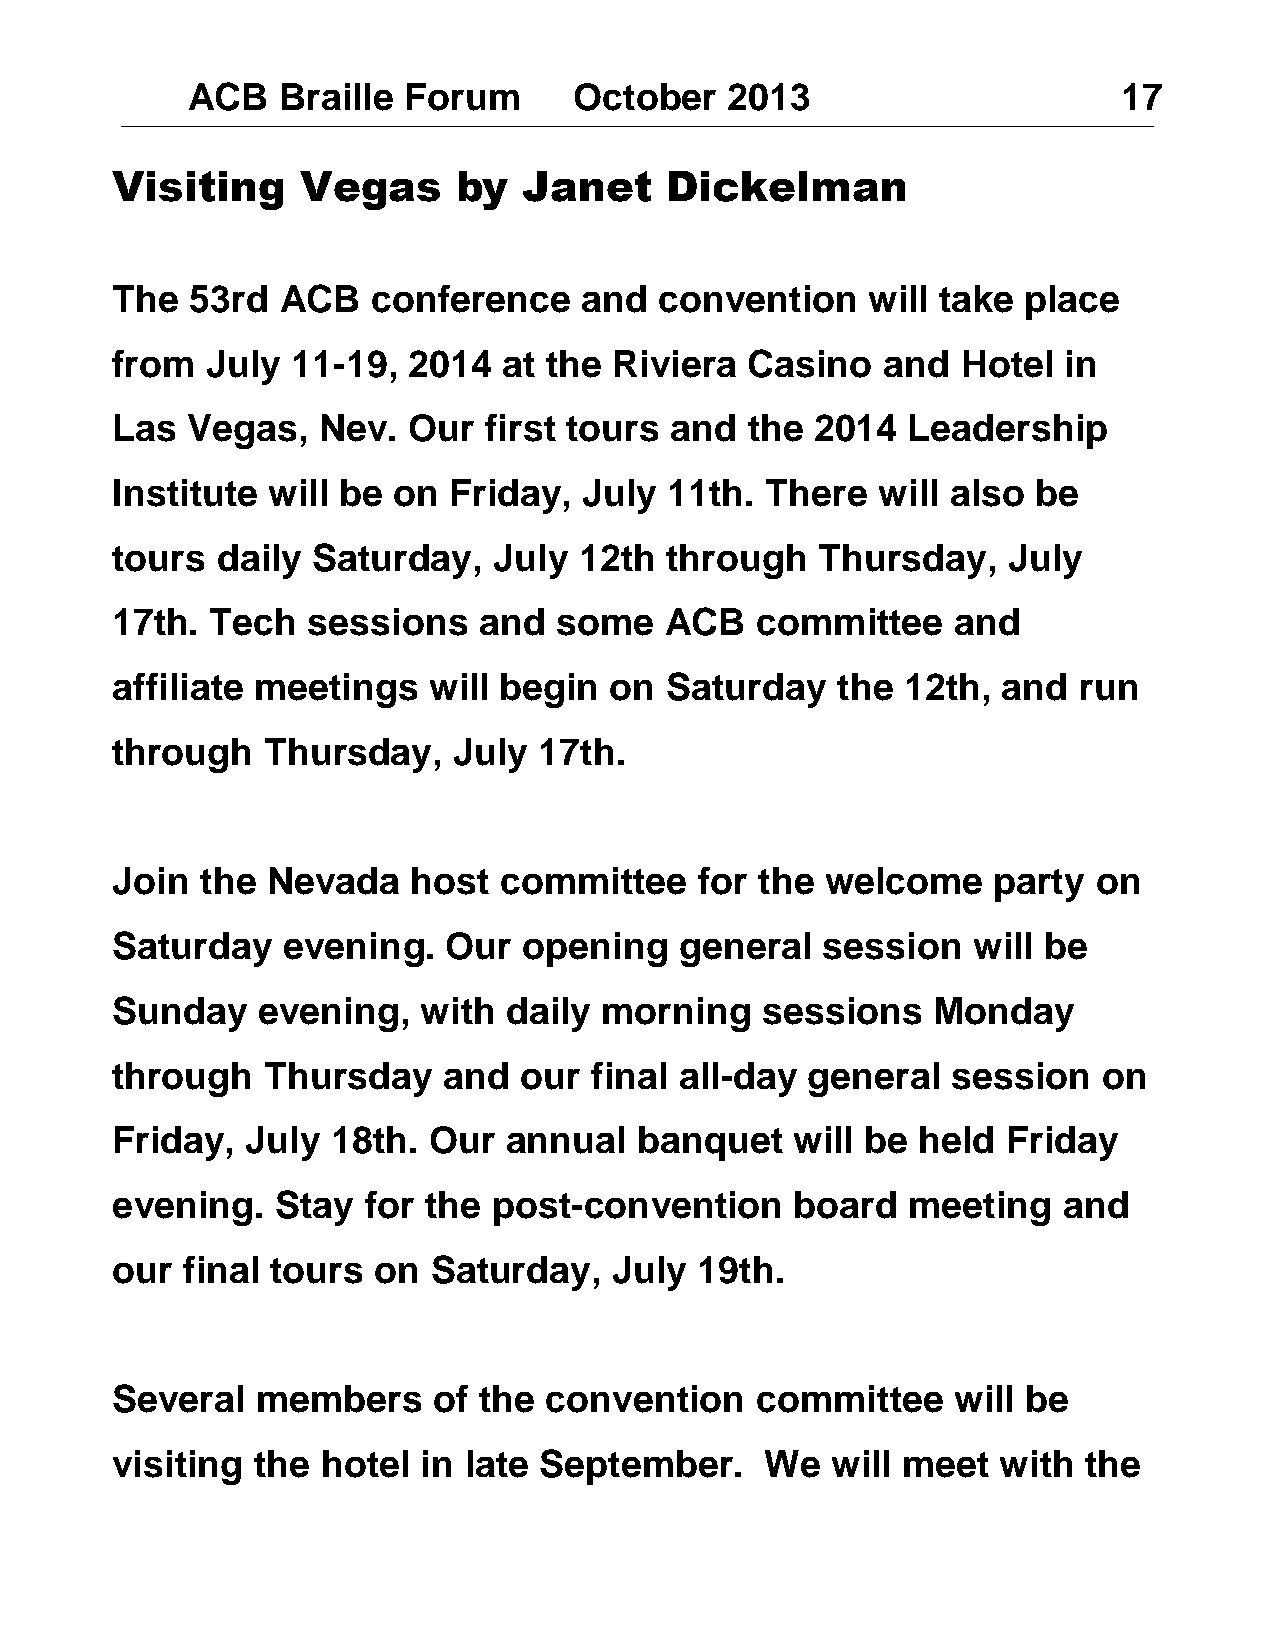
ACB   Braille  Forum      October   2013                      17
 Visiting     Vegas     by   Janet    Dickelman
 The   53rd  ACB   conference   and   convention   will take  place
 from   July 11-19,  2014  at the  Riviera  Casino   and  Hotel  in
 Las  Vegas,   Nev.  Our  first tours and   the 2014  Leadership
 Institute  will be on  Friday,  July 11th.  There  will also  be
 tours  daily  Saturday,   July 12th  through   Thursday,    July
 17th.  Tech  sessions    and  some   ACB   committee    and
 affiliate meetings   will begin  on  Saturday   the  12th, and  run
 through    Thursday,   July  17th.
 Join  the  Nevada   host  committee    for the  welcome    party  on
 Saturday    evening.   Our  opening   general  session   will be
 Sunday    evening,   with  daily morning   sessions    Monday
 through    Thursday   and  our  final all-day general   session   on
 Friday,  July  18th. Our   annual  banquet    will be held  Friday
 evening.   Stay  for the  post-convention     board  meeting   and
 our  final tours  on  Saturday,   July 19th.
 Several   members     of the convention    committee    will be
 visiting  the hotel  in late September.     We  will meet  with  the